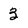
Character: 3